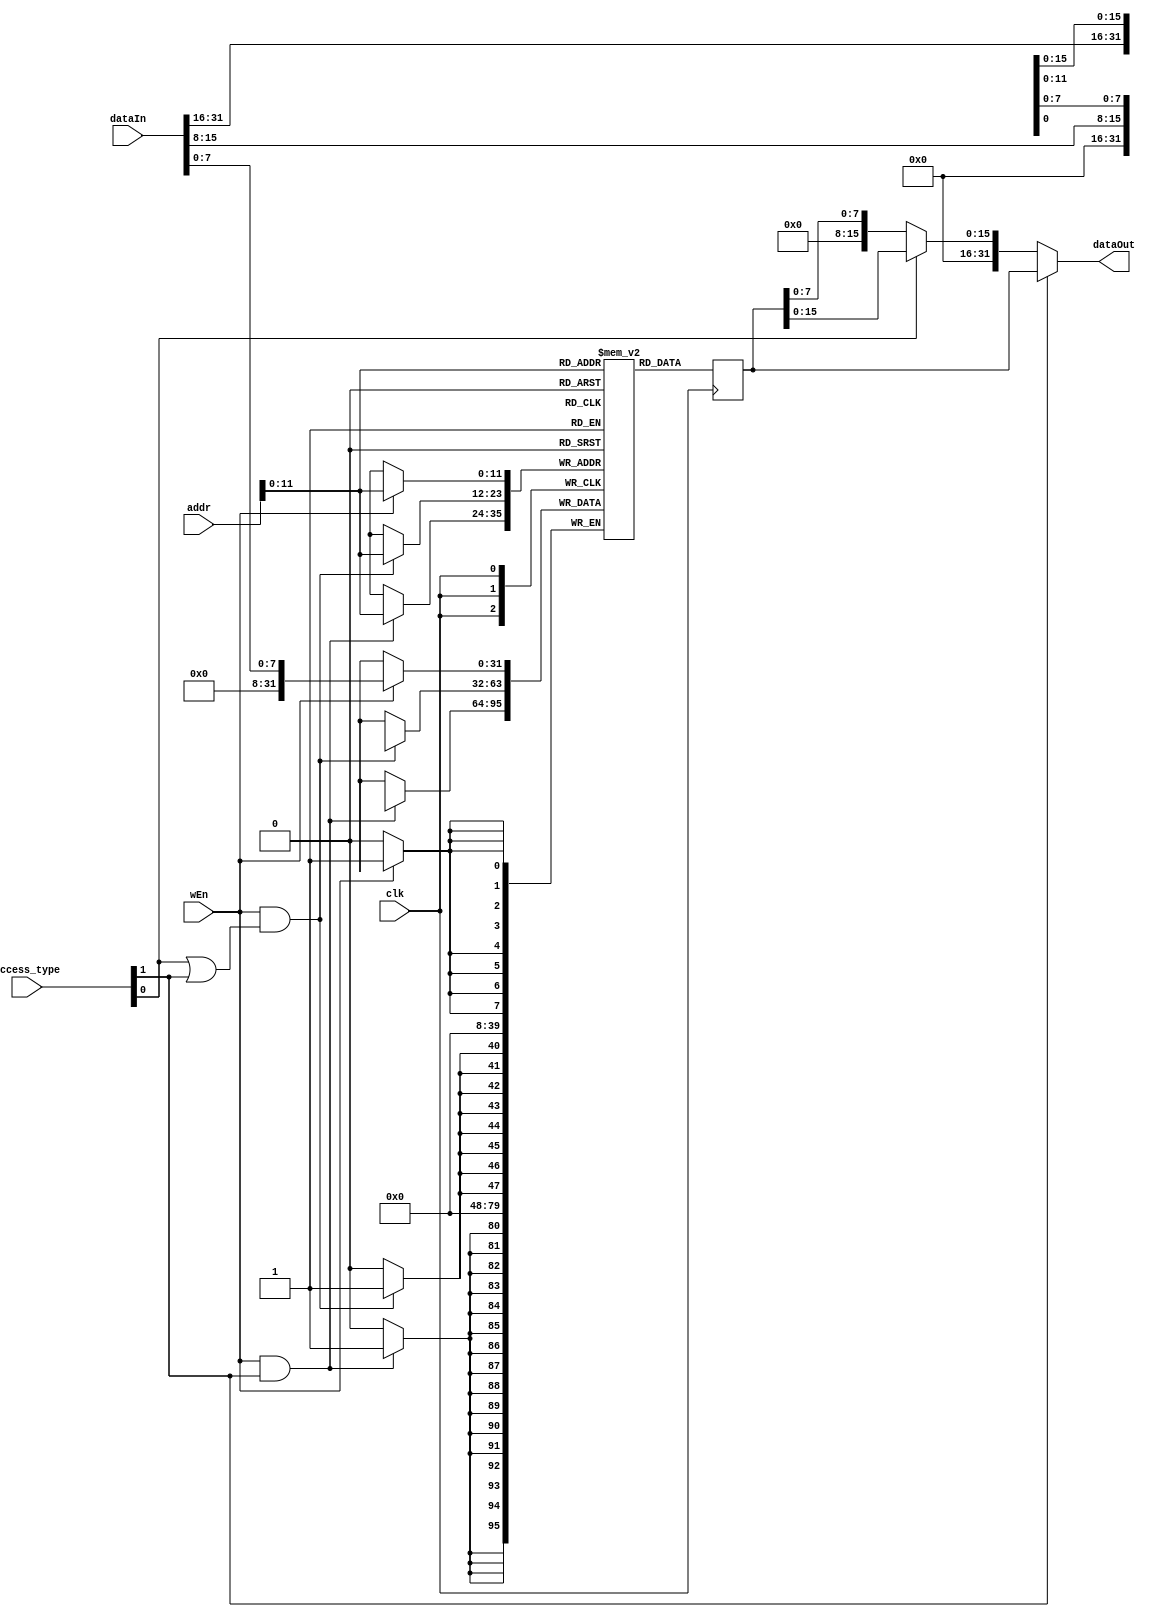
`timescale 1ns / 1ps
module RAM #( parameter DATA_WIDTH = 8, ADDRESS_WIDTH = 14, DEPTH = 4096) (
    input wire                     clk,
    input wire                     wEn,
    input wire [ADDRESS_WIDTH-1:0] addr,
    input wire [2:0]               access_type,
    input wire [31:0]    dataIn,
    output [31:0]    dataOut);
    
    reg[31:0] MemoryArray[0:DEPTH-1];
    
    integer i;
    initial begin
        for (i = 0; i < DEPTH; i = i + 1) begin
            MemoryArray[i] <= 32'd0;
        end
        // if(MEMFILE > 0) begin
        //     $readmemh(MEMFILE, MemoryArray);
        // end
    end
    reg [31:0] dataOut_full = 0;
    assign wEn_1 = wEn;
    assign wEn_2 = wEn && (access_type[0] == 1'b1 || access_type[1] == 1'b1);
    assign wEn_3 = wEn && access_type[1] == 1'b1;
    always @(posedge clk) begin
        if(wEn_1) begin
            MemoryArray[addr][7:0] <= dataIn[7:0];
        end
        if(wEn_2) begin
            MemoryArray[addr][15:8] <= dataIn[15:8];
        end
        if(wEn_3) begin
            MemoryArray[addr][31:16] <= dataIn[31:16];
        end
        dataOut_full <= MemoryArray[addr];
    end
    assign dataOut = (access_type[1] == 1'b1) ? dataOut_full :
                        (access_type[0] == 1'b1) ? {16'd0, dataOut_full[15:0]} : 
                        {24'd0, dataOut_full[7:0]};
                        
endmodule